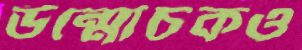
উন্মোচকও